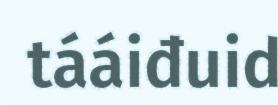
tááiđuid